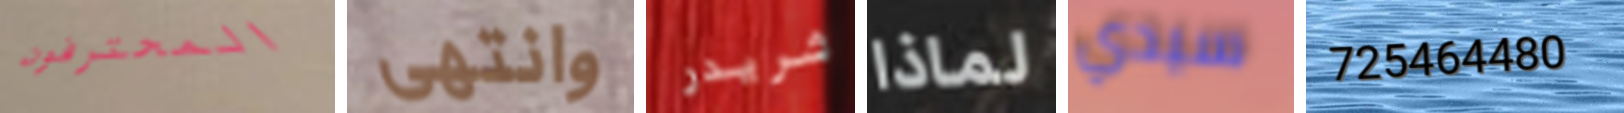
المحترفون وانتهى شريدر لماذا سيدي 725464480